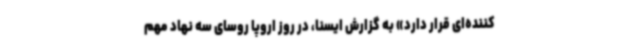
کننده‌ای قرار دارد» به گزارش ایسنا،‌ در روز اروپا روسای سه نهاد مهم